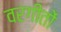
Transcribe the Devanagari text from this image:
वरगीतों